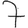
Digit: 7